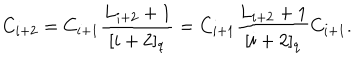
C _ { i + 2 } = C _ { i + 1 } \frac { L _ { i + 2 } + 1 } { [ i + 2 ] _ { q } } = C _ { i + 1 } \frac { L _ { i + 2 } + 1 } { [ i + 2 ] _ { q } } C _ { i + 1 } .